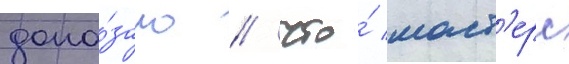
дока́зано / что́ маст'ерс